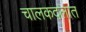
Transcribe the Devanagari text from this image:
चालकदलात